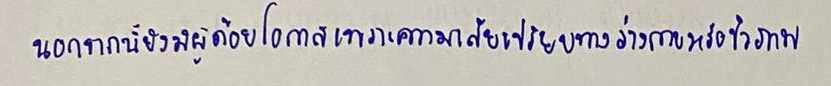
นอกจากนี้ยังมีผู้ด้อยโอกาสเพราะความเสียเปรียบทางร่างกายหรือชีวภาพ